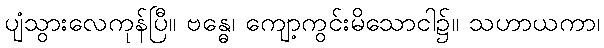
ပျံသွားလေကုန်ပြီ။ ဗန္ဓေ၊ ကျော့ကွင်းမိသောငါ၌။ သဟာယကာ၊